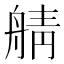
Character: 䑶